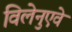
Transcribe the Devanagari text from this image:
विलेनुएवे